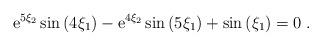
LaTeX: \begin{align*}{\rm e}^{5 \xi_2} \sin \left( 4 \xi_1 \right) -{\rm e}^{4 \xi_2} \sin \left( 5 \xi_1 \right) +\sin \left( \xi_1 \right) = 0 \;.\end{align*}